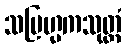
သဗြဟ္မကသုတ္တံ